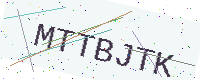
Text: MTTBJTK